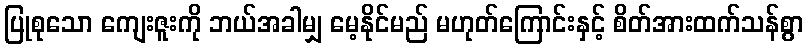
ပြုစုသော ကျေးဇူးကို ဘယ်အခါမျှ မေ့နိုင်မည် မဟုတ်ကြောင်းနှင့် စိတ်အားထက်သန်စွာ